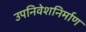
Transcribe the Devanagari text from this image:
उपनिवेशनिर्माण